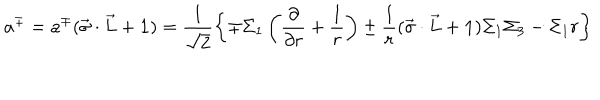
a ^ { \mp } = a ^ { \mp } ( \vec { \sigma } \cdot \vec { L } + { \bf 1 } ) = \frac { 1 } { \sqrt { 2 } } \left\{ \mp \Sigma _ { 1 } \left( \frac { \partial } { \partial r } + \frac { 1 } { r } \right) \pm \frac { 1 } { r } ( \vec { \sigma } \cdot \vec { L } + { \bf 1 } ) \Sigma _ { 1 } \Sigma _ { 3 } - \Sigma _ { 1 } r \right\}